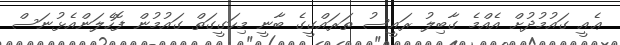
ޢެއީ ގައުމުދުށް އެއްމެ ގާބިލު ރައީސު ތަރައްގީގެ ބާނީ މިހަގީގަތް ގައުމުން ފޮހެލަންއެޅުނަސް